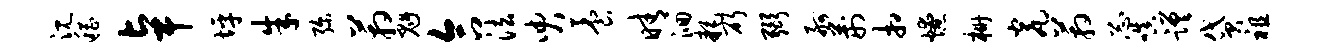
沉稽卓坪朱弥箱魁合法臾养晴洄耗斫弼舸荆相燎栅瓮箱忐嗔蹉贷祖